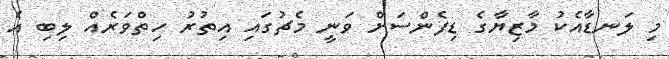
މި ލަނޑާއެކު މާޒިޔާގެ ޑިފެންސަށް ވަނީ މެޗުގައި އިތުރު ހިތްވަރެއް ލިބި އެ